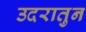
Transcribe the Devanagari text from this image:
उदरातुन